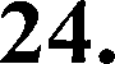
24.